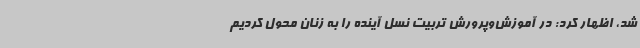
شد، اظهار کرد: در آموزش‌وپرورش تربیت نسل آینده را به زنان محول کردیم